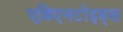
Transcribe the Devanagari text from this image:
एडिएनटोइड्स